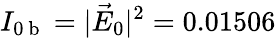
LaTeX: I_{0\mathrm{~b~}}=|\vec{E}_{0}|^{2}=0.01506